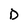
Character: D